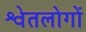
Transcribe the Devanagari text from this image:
श्वेतलोगों